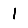
Digit: 1